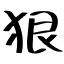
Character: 狠